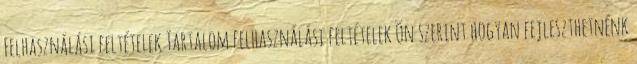
Felhasználási feltételek Tartalom felhasználási feltételek Ön szerint hogyan fejleszthetnénk